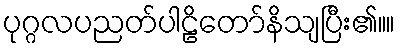
ပုဂ္ဂလပညတ်ပါဠိတော်နိသျပြီး၏။။